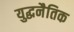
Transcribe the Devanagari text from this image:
युद्धनैतिक